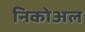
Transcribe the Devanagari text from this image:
निकोअल